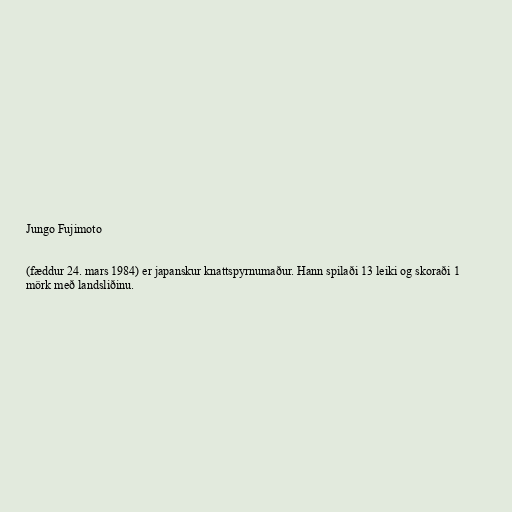
Jungo Fujimoto

(fæddur 24. mars 1984) er japanskur knattspyrnumaður. Hann spilaði 13 leiki og skoraði 1
mörk með landsliðinu.